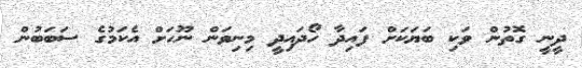
ދީނީ ގޮތުން ވަކި ބަޔަކަށް ފައިދާ ހޯދައިދީ މިނިވަން ނޫހަށް އެކަމުގެ ސަބަބުން